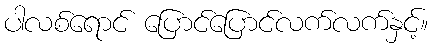
ပါလစ်ရောင် ပြောင်ပြောင်လက်လက်နှင့်။